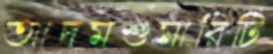
আদমশুমারিটি